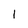
Character: 1